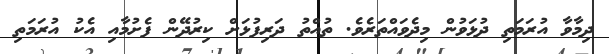
ދިމާވާ އުރަމަތި ދުޅަވުން މިދެވައްތަރެވެ. ތުއްތު ދަރިފުޅަށް ކިރުދޭން ފެށުމާއި އެކު އުރަމަތި